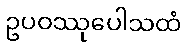
ဥပဝဿုပေါသထံ